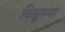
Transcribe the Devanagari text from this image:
विक्षुब्मा